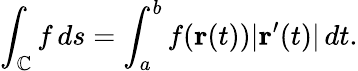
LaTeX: \int_{\mathbb{C}}f\, ds=\int_{a}^{b}f(\mathbf{{r}}(t))|\mathbf{{r}}^{\prime}(t)|\, dt.